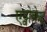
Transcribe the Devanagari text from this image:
एड्वोकेट